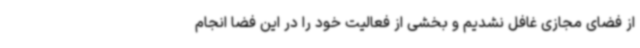
از فضای مجازی غافل نشدیم و بخشی از فعالیت خود را در این فضا انجام